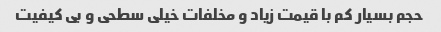
حجم بسیار کم با قیمت زیاد و مخلفات خیلی سطحی و بی کیفیت